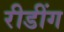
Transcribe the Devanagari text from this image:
रीडींग